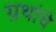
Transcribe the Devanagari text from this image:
ग्रथांचे